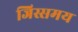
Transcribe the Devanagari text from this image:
जिस्समय